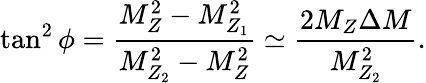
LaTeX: \tan^{2}\phi=\frac{M_{Z}^{2}-M_{Z_{1}}^{2}}{M_{Z_{2}}^{2}-M_{Z}^{2}}\simeq\frac{2M_{Z}\Delta M}{M_{Z_{2}}^{2}}.